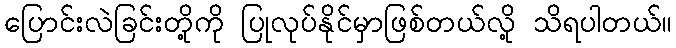
ပြောင်းလဲခြင်းတို့ကို ပြုလုပ်နိုင်မှာဖြစ်တယ်လို့ သိရပါတယ်။